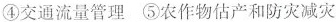
④交通流量管理⑤农作物估产和防灾减灾